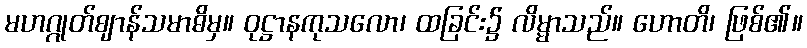
မဟဂ္ဂုတ်ဈာန်သမာဓိမှ။ ဝုဋ္ဌာနကုသလော၊ ထခြင်း၌ လိမ္မာသည်။ ဟောတိ၊ ဖြစ်၏။